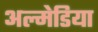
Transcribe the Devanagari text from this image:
अल्मेडिया